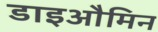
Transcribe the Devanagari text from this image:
डाइऔमिन